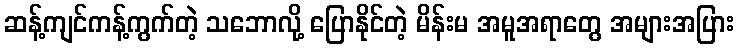
ဆန့်ကျင်ကန့်ကွက်တဲ့ သဘောလို့ ပြောနိုင်တဲ့ မိန်းမ အမူအရာတွေ အများအပြား